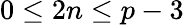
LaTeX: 0\leq 2n\leq p-3